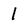
Character: 1